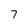
Character: 7